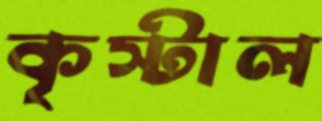
কৃস্টাল